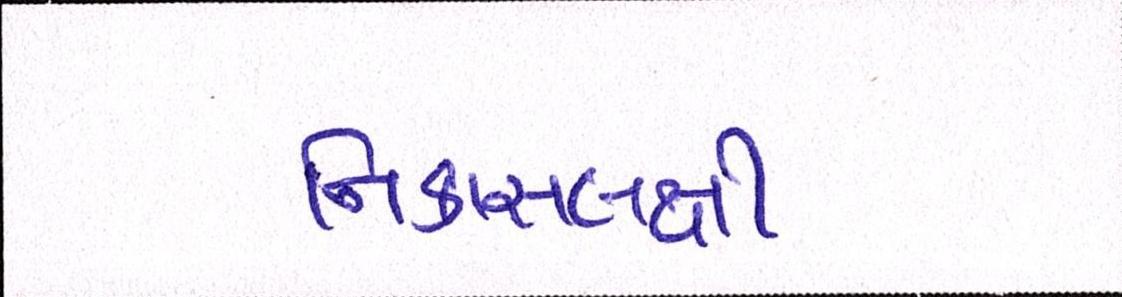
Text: નિકાસલક્ષી